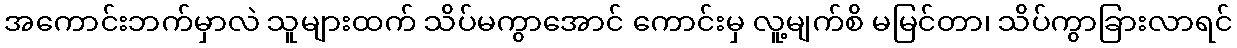
အကောင်းဘက်မှာလဲ သူများထက် သိပ်မကွာအောင် ကောင်းမှ လူ့မျက်စိ မမြင်တာ၊ သိပ်ကွာခြားလာရင်